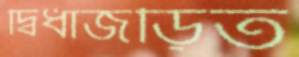
দ্বিধাজড়িত